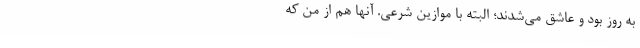
به روز بود و عاشق می‌شدند؛ البته با موازین شرعی. آنها هم از من که